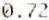
0.72